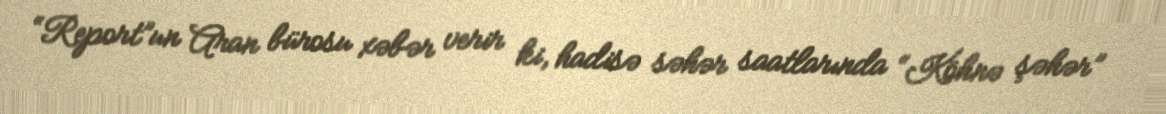
“Report”un Aran bürosu xəbər verir ki, hadisə səhər saatlarında “Köhnə şəhər”